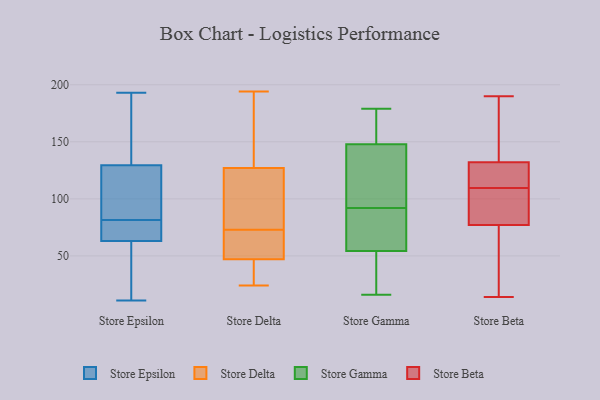
{"axis": {"x": "Production Output", "y": "Value"}, "legend": ["Store Beta", "Store Delta", "Store Epsilon", "Store Gamma"], "data": [{"x": "", "y": 19, "type": "Store Epsilon"}, {"x": "", "y": 154, "type": "Store Epsilon"}, {"x": "", "y": 109, "type": "Store Epsilon"}, {"x": "", "y": 145, "type": "Store Epsilon"}, {"x": "", "y": 168, "type": "Store Epsilon"}, {"x": "", "y": 79, "type": "Store Epsilon"}, {"x": "", "y": 88, "type": "Store Epsilon"}, {"x": "", "y": 84, "type": "Store Epsilon"}, {"x": "", "y": 65, "type": "Store Epsilon"}, {"x": "", "y": 76, "type": "Store Epsilon"}, {"x": "", "y": 72, "type": "Store Epsilon"}, {"x": "", "y": 11, "type": "Store Epsilon"}, {"x": "", "y": 193, "type": "Store Epsilon"}, {"x": "", "y": 126, "type": "Store Epsilon"}, {"x": "", "y": 22, "type": "Store Epsilon"}, {"x": "", "y": 133, "type": "Store Epsilon"}, {"x": "", "y": 109, "type": "Store Epsilon"}, {"x": "", "y": 61, "type": "Store Epsilon"}, {"x": "", "y": 31, "type": "Store Epsilon"}, {"x": "", "y": 73, "type": "Store Epsilon"}, {"x": "", "y": 51, "type": "Store Delta"}, {"x": "", "y": 47, "type": "Store Delta"}, {"x": "", "y": 33, "type": "Store Delta"}, {"x": "", "y": 79, "type": "Store Delta"}, {"x": "", "y": 191, "type": "Store Delta"}, {"x": "", "y": 24, "type": "Store Delta"}, {"x": "", "y": 54, "type": "Store Delta"}, {"x": "", "y": 67, "type": "Store Delta"}, {"x": "", "y": 127, "type": "Store Delta"}, {"x": "", "y": 194, "type": "Store Delta"}, {"x": "", "y": 86, "type": "Store Delta"}, {"x": "", "y": 111, "type": "Store Delta"}, {"x": "", "y": 25, "type": "Store Delta"}, {"x": "", "y": 194, "type": "Store Delta"}, {"x": "", "y": 149, "type": "Store Gamma"}, {"x": "", "y": 144, "type": "Store Gamma"}, {"x": "", "y": 84, "type": "Store Gamma"}, {"x": "", "y": 92, "type": "Store Gamma"}, {"x": "", "y": 129, "type": "Store Gamma"}, {"x": "", "y": 42, "type": "Store Gamma"}, {"x": "", "y": 164, "type": "Store Gamma"}, {"x": "", "y": 131, "type": "Store Gamma"}, {"x": "", "y": 18, "type": "Store Gamma"}, {"x": "", "y": 52, "type": "Store Gamma"}, {"x": "", "y": 179, "type": "Store Gamma"}, {"x": "", "y": 166, "type": "Store Gamma"}, {"x": "", "y": 39, "type": "Store Gamma"}, {"x": "", "y": 74, "type": "Store Gamma"}, {"x": "", "y": 90, "type": "Store Gamma"}, {"x": "", "y": 151, "type": "Store Gamma"}, {"x": "", "y": 16, "type": "Store Gamma"}, {"x": "", "y": 98, "type": "Store Gamma"}, {"x": "", "y": 61, "type": "Store Gamma"}, {"x": "", "y": 53, "type": "Store Beta"}, {"x": "", "y": 95, "type": "Store Beta"}, {"x": "", "y": 107, "type": "Store Beta"}, {"x": "", "y": 165, "type": "Store Beta"}, {"x": "", "y": 105, "type": "Store Beta"}, {"x": "", "y": 190, "type": "Store Beta"}, {"x": "", "y": 122, "type": "Store Beta"}, {"x": "", "y": 77, "type": "Store Beta"}, {"x": "", "y": 72, "type": "Store Beta"}, {"x": "", "y": 190, "type": "Store Beta"}, {"x": "", "y": 14, "type": "Store Beta"}, {"x": "", "y": 112, "type": "Store Beta"}, {"x": "", "y": 132, "type": "Store Beta"}, {"x": "", "y": 123, "type": "Store Beta"}]}